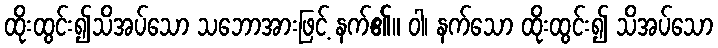
ထိုးထွင်း၍သိအပ်သော သဘောအားဖြင့် နက်၏။ ဝါ၊ နက်သော ထိုးထွင်း၍ သိအပ်သော